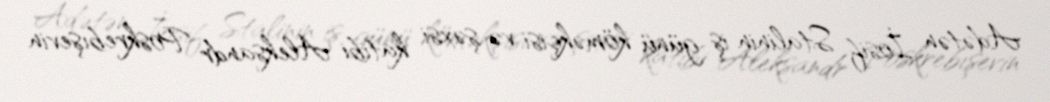
Adətən İosif Stalinin iş günü köməkçisi və şəxsi katibi Aleksandr Poskrebışevin